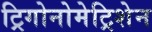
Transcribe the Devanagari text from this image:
ट्रिगोनोमेट्रिशेन